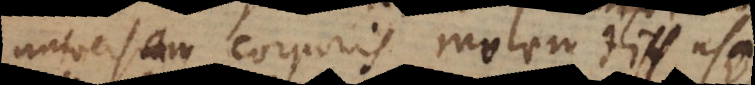
universam corporis molem diffusa